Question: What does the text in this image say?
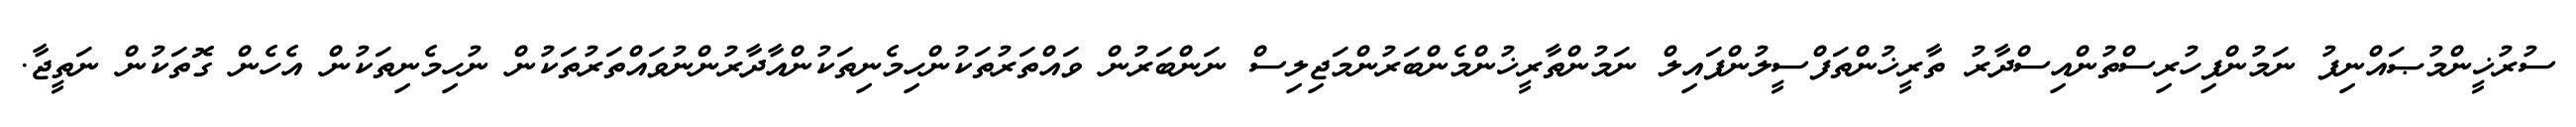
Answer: ސުރުޚީންމުޞައްނިފު ނަމުންފިހުރިސްތުންއިސްދާރު ތާރީޚުންތަފްސީލުންފައިލް ނަމުންތާރީޚުންމެންބަރުންމަޖިލިސް ނަންބަރުން ވައްތަރުތަކުންހިމެނިތަކުންއާދާރުންނުވައްތަރުތަކުން ނުހިމެނިތަކުން އެހެން ގޮތަކުން ނަތީޖާ.